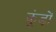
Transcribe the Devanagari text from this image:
कुंड़ों